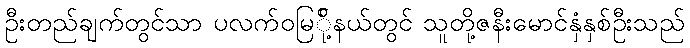
ဦးတည်ချက်တွင်သာ ပလက်ဝမြ်ို့နယ်တွင် သူတို့ဇနီးမောင်နှံနှစ်ဦးသည်